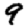
Digit: 9